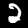
Digit: 2